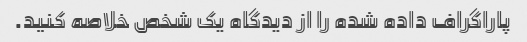
پاراگراف داده شده را از دیدگاه یک شخص خلاصه کنید.